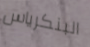
البنكرياس